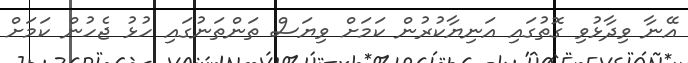
އޭނާ ވިދާޅުވި ގޮތުގައި އަނިޔާކުރުން ކަމަށް ވިޔަސް ތަންތަނުގައި ހުޅު ޖެހުން ކަމަށް